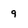
Character: q